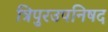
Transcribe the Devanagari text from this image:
त्रिपुरउपनिषद